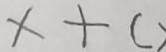
x + c